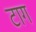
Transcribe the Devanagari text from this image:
टाग